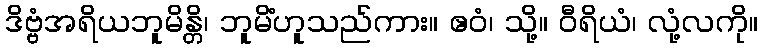
ဒိဗ္ဗံအရိယဘူမိန္တိ၊ ဘူမိံဟူသည်ကား။ ဧဝံ၊ သို့။ ဝီရိယံ၊ လုံ့လကို။